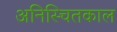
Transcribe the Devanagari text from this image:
अनिस्चितकाल